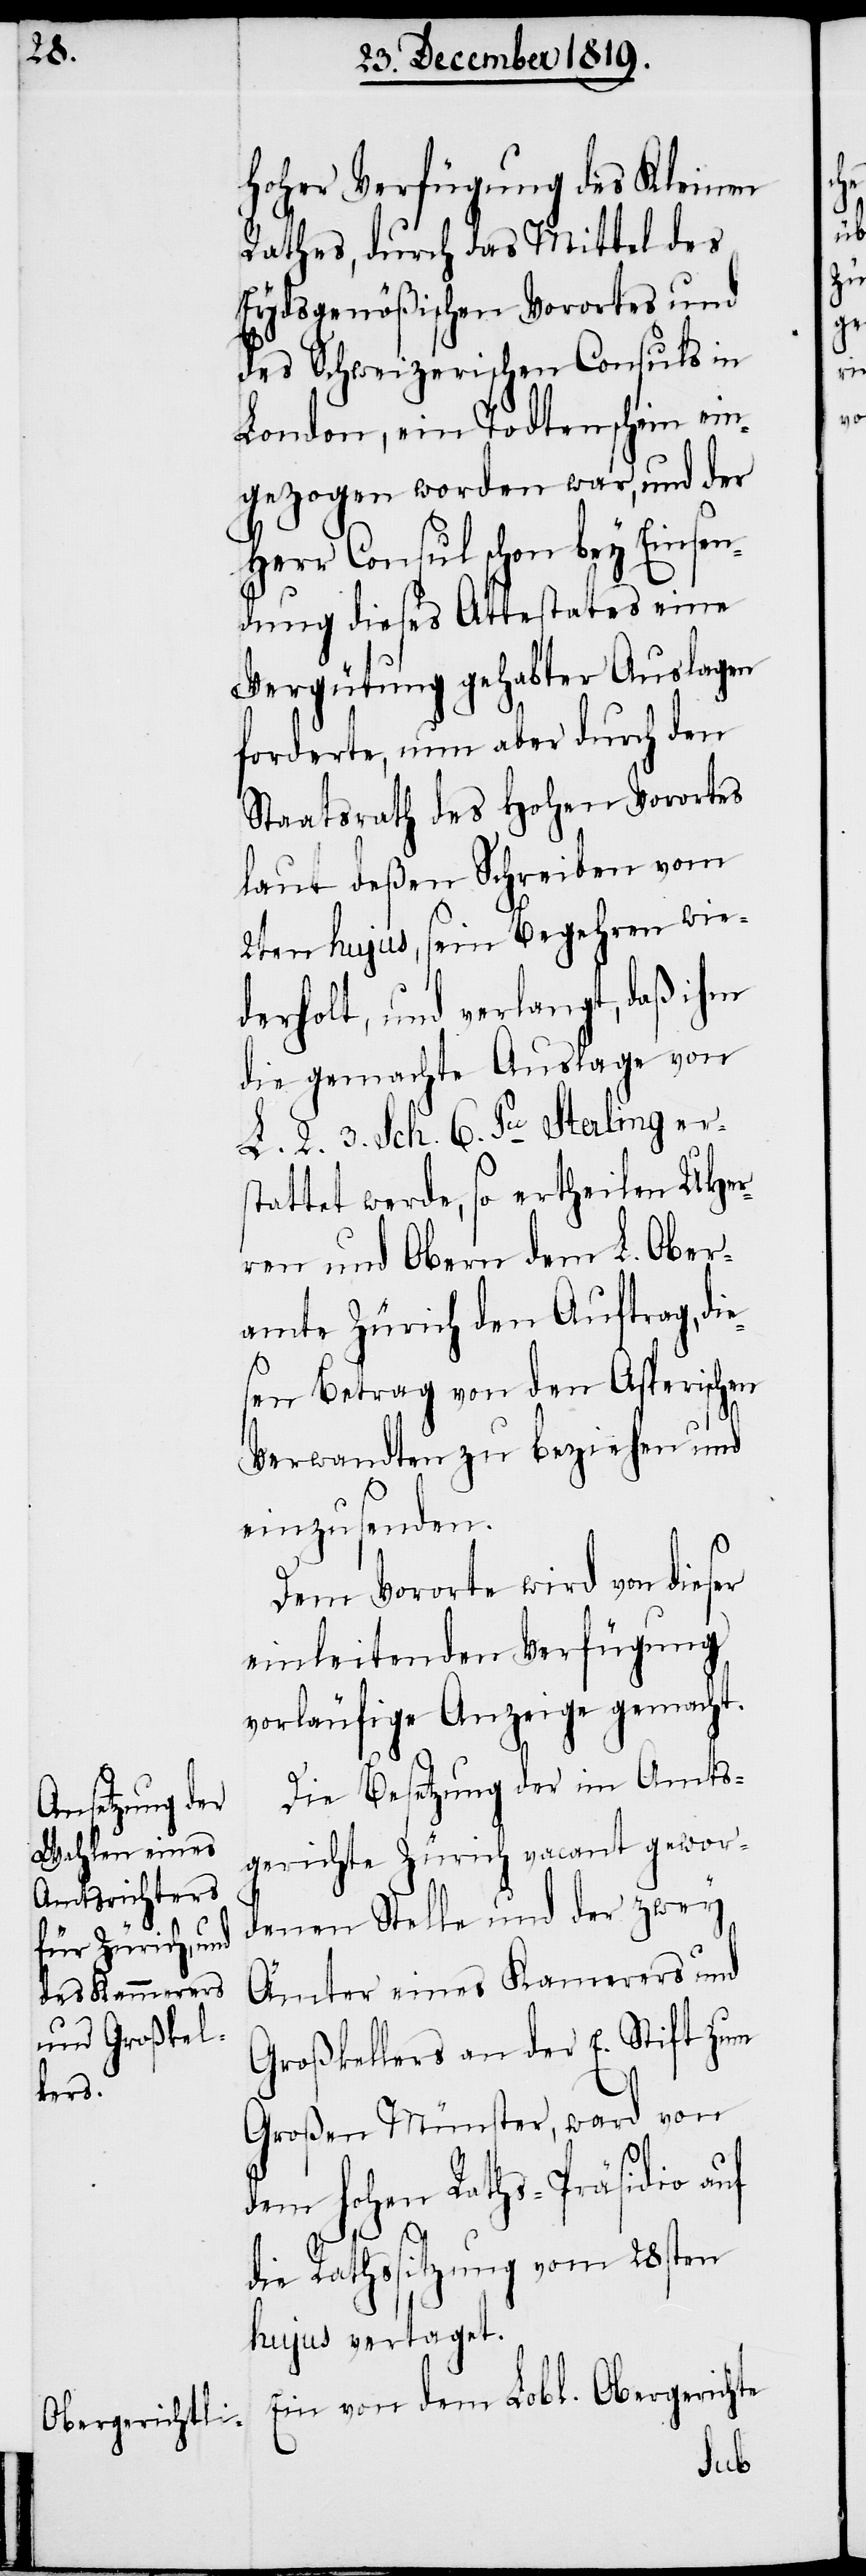
hoher Verfügung des Kleinen
Rathes, durch das Mittel des
Eydsgenößischen Vorortes und
des Schweizerischen Consuls in
London, ein Todtenschein ein¬
gezogen worden war, und der
Herr Consul schon bey Einsen¬
dung dieses Attestates eine
Vergütung gehabter Auslagen
forderte, nun aber durch den
Staatsrath des hohen Vorortes
laut deßen Schreiben vom
2ten hujus, sein Begehren wie¬
derholt, und verlangt, daß ihm
die gemachte Auslage von
2. 3. Sch. 6. Pu Sterling ers¬
tattet werde, so ertheilen UHer¬
ren und Obern dem L. Ober¬
amte Zürich den Auftrag, di¬
esen Betrag von den Asperischen
Verwandten zu beziehen und
einzusenden.
Dem Vororte wird von dieser
einleitenden Verfügung
vorläufige Anzeige gemacht.
Ein von dem Lobl. Obergerichte